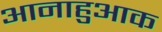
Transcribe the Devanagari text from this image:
आनाहुआक